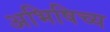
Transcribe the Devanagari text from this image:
अभिषिच्य